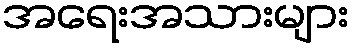
အရေးအသားများ